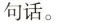
句话。